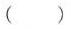
（ ）